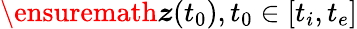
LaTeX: \ensuremath{\boldsymbol{z}}(t_{0}),t_{0}\in[t_{i},t_{e}]